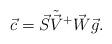
LaTeX: \begin{align*}\vec{c}=\vec{S}\tilde{\vec{V}}^{+}\vec{W}\vec{g}.\end{align*}